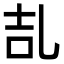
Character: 㐖